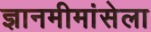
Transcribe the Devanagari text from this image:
ज्ञानमीमांसेला